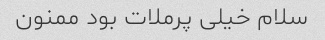
سلام خیلی پرملات بود ممنون